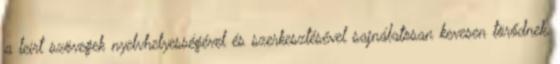
a leírt szövegek nyelvhelyességével és szerkesztésével sajnálatosan kevesen törődnek,